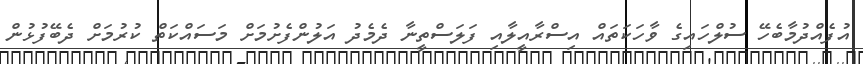
އުފެއްދުމާބެހޭ ސުލްހައިގެ ވާހަކަތައް އިސްރާއީލާއި ފަލަސްތީނާ ދެމެދު އަލުންފެށުމަށް މަސައްކަތް ކުރުމަށް ދެބޭފުޅުން